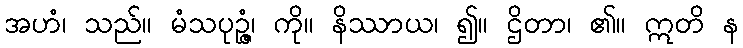
အဟံ၊ သည်။ မံသပုဉ္ဇံ၊ ကို။ နိဿာယ၊ ၍။ ဌိတာ၊ ၏။ ဣတိ န